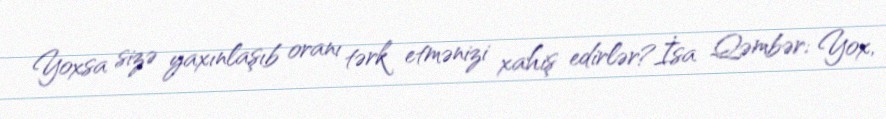
Yoxsa sizə yaxınlaşıb oranı tərk etmənizi xahiş edirlər?İsa Qəmbər: Yox,